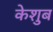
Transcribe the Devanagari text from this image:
केशुब